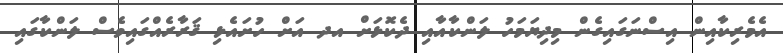
އެމެރިކާއިން އިސްނަގައިގެން މިދިޔަމަހު ލަންކާއާއި ދެކޮޅަށް އދ އަށް ހުށައެޅި ޤަރާރެއްގައިވެސް ލަންކާގައި